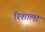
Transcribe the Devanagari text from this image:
रिशाला